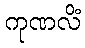
ကုဏလိံ